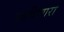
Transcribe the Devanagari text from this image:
उगविणारा